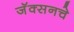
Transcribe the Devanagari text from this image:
जॅक्सनचे